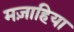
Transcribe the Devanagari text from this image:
मज़ाहिया